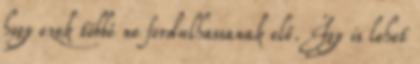
hogy ezek többé ne fordulhassanak elő. Így is lehet